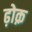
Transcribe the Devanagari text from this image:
ढ़ोक़